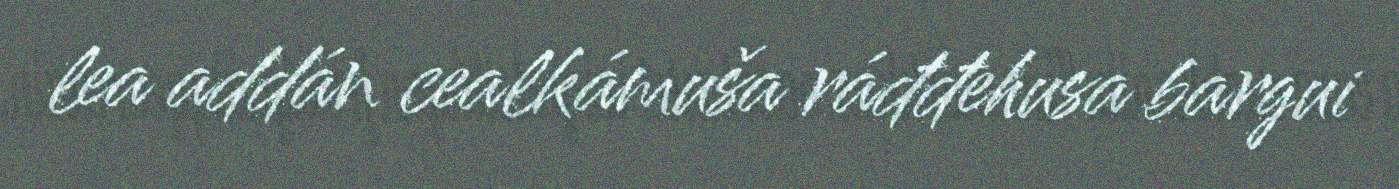
lea addán cealkámuša ráđđehusa bargui